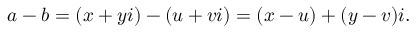
a - b = ( x + y i ) - ( u + v i ) = ( x - u ) + ( y - v ) i .